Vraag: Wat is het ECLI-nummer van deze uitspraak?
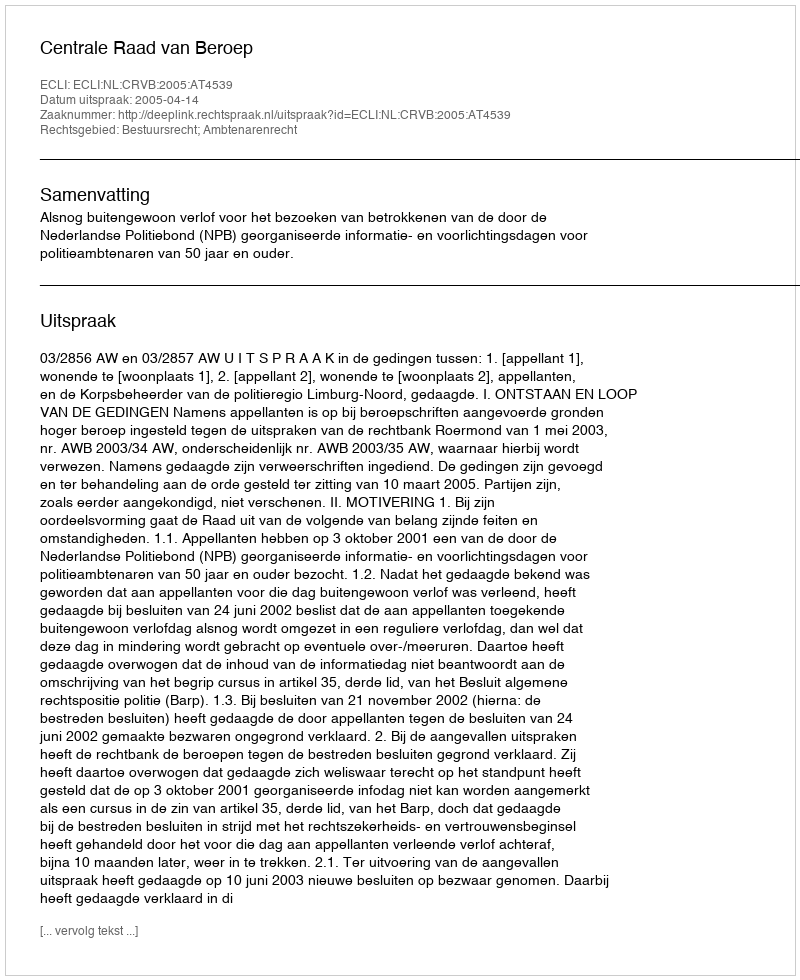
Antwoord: ECLI:NL:CRVB:2005:AT4539